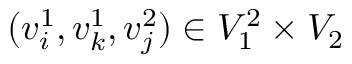
( v _ { i } ^ { 1 } , v _ { k } ^ { 1 } , v _ { j } ^ { 2 } ) \in V _ { 1 } ^ { 2 } \times V _ { 2 }